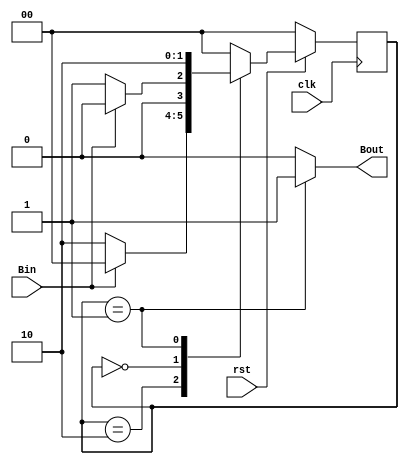
module buttonShaper (Bin, Bout, clk, rst);
	input Bin;
	output Bout;
	input clk, rst;
	reg Bout;
	parameter INIT = 0, PULSE = 1, WAIT = 2;
	reg [1:0] State, NextState;
	
	always@(State, Bin) begin
			case (State)
				WAIT: begin
					Bout=1'b0;
					if (Bin==1'b1)
					NextState = INIT;
					else
					NextState = WAIT;
					end
				INIT: begin
					Bout=1'b0;
					if (Bin==1'b0)
					NextState = PULSE;
					else
					NextState = INIT;
					end
				PULSE: begin
					Bout=1'b1;
					NextState = WAIT;
					end
				default: begin
					Bout=1'b0;
					NextState=INIT;
					end
			endcase
	end
	always@(posedge clk) begin
		if (rst==1'b0)
			State <= INIT;
		else
			State <= NextState;
	end
endmodule